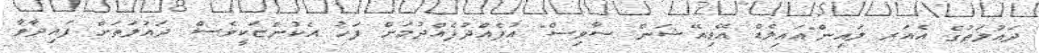
ދައުލަތުގެ އެއަރ ލައިން"އައިލެޑް އޭވިއޭޝަން ސާވިސް" އުފެއްދުފެއްދުމަށް ފަހު އެކުންޏަކީވެސް ދައުލަތަށް ފައިދާވާ